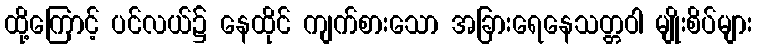
ထို့ကြောင့် ပင်လယ်၌ နေထိုင် ကျက်စားသော အခြားရေနေသတ္တဝါ မျိုးစိပ်များ